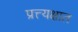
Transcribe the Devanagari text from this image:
प्रत्त्यक्षात